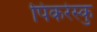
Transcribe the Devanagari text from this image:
पिकरेस्कु